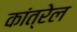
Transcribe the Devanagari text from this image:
कांत्रेल